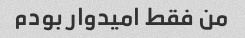
من فقط امیدوار بودم